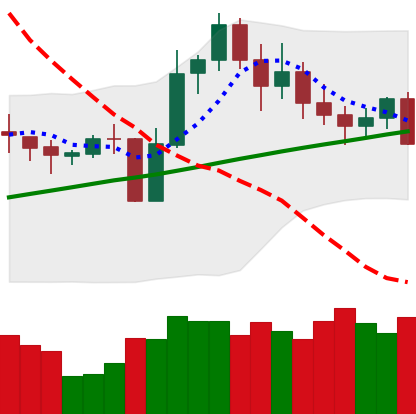
Ticker: LINK-USD
Chart end date: 2020-11-02
Forward return: 8.888%
Label: up_7plus